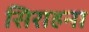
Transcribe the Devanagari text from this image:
सिराहना